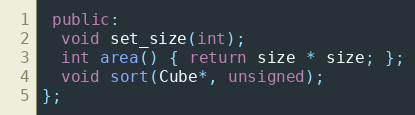
Language: C++
 public:
  void set_size(int);
  int area() { return size * size; };
  void sort(Cube*, unsigned);
};